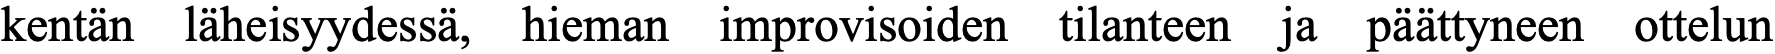
kentän läheisyydessä, hieman improvisoiden tilanteen ja päättyneen ottelun